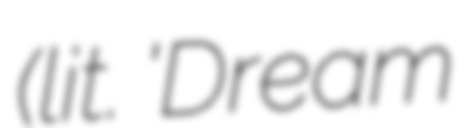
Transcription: (lit. 'Dream